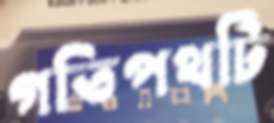
গতিপথটি